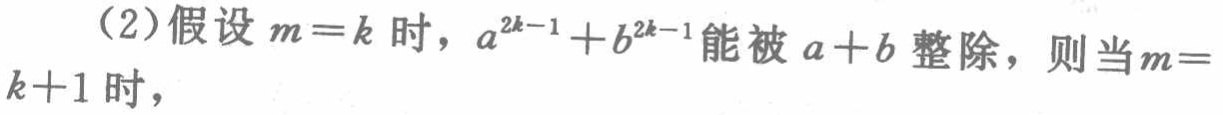
（2）假设\(m = k\)时，\(a^{2k - 1}+b^{2k - 1}\)能被\(a + b\)整除，则当\(m = k + 1\)时，